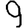
Digit: 9